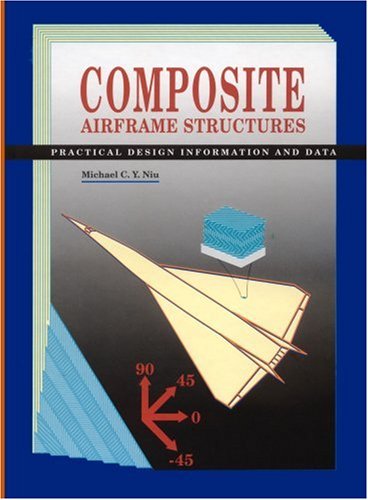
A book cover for Composite Airframe Structures; Michael Chun-Yung Niu; Science & Math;